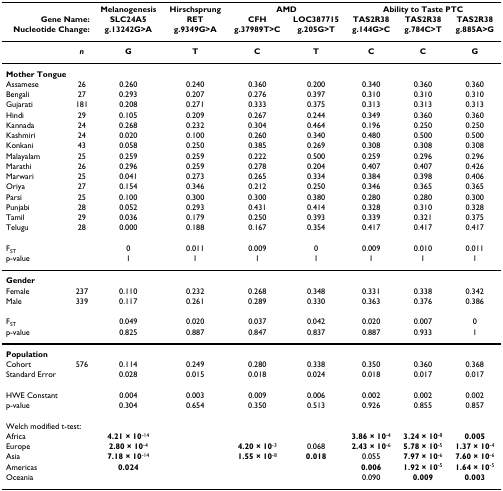
<table><thead><tr><td></td><td></td><td><b>Melanogenesis</b></td><td><b>Hirschsprung</b></td><td colspan="2"><b>AMD</b></td><td colspan="3"><b>Ability to Taste PTC</b></td></tr><tr><td colspan="2"><b>Gene Name:</b></td><td><b>SLC24A5</b></td><td><b>RET</b></td><td><b>CFH</b></td><td><b>LOC387715</b></td><td><b>TAS2R38</b></td><td><b>TAS2R38</b></td><td><b>TAS2R38</b></td></tr><tr><td colspan="2"><b>Nucleotide Change:</b></td><td><b>g.13242G&gt;A</b></td><td><b>g.9349G&gt;A</b></td><td><b>g.37989T&gt;C</b></td><td><b>g.205G&gt;T</b></td><td><b>g.144G&gt;C</b></td><td><b>g.784C&gt;T</b></td><td><b>g.885A&gt;G</b></td></tr></thead><tbody><tr><td></td><td><b><i>n</i></b></td><td><b>G</b></td><td><b>T</b></td><td><b>C</b></td><td><b>T</b></td><td><b>C</b></td><td><b>C</b></td><td><b>G</b></td></tr><tr><td colspan="9"><b>Mother Tongue</b></td></tr><tr><td>Assamese</td><td>26</td><td>0.260</td><td>0.240</td><td>0.360</td><td>0.200</td><td>0.340</td><td>0.360</td><td>0.360</td></tr><tr><td>Bengali</td><td>27</td><td>0.293</td><td>0.207</td><td>0.276</td><td>0.397</td><td>0.310</td><td>0.310</td><td>0.310</td></tr><tr><td>Gujarati</td><td>181</td><td>0.208</td><td>0.271</td><td>0.333</td><td>0.375</td><td>0.313</td><td>0.313</td><td>0.313</td></tr><tr><td>Hindi</td><td>29</td><td>0.105</td><td>0.209</td><td>0.267</td><td>0.244</td><td>0.349</td><td>0.360</td><td>0.360</td></tr><tr><td>Kannada</td><td>24</td><td>0.268</td><td>0.232</td><td>0.304</td><td>0.464</td><td>0.196</td><td>0.250</td><td>0.250</td></tr><tr><td>Kashmiri</td><td>24</td><td>0.020</td><td>0.100</td><td>0.260</td><td>0.340</td><td>0.480</td><td>0.500</td><td>0.500</td></tr><tr><td>Konkani</td><td>43</td><td>0.058</td><td>0.250</td><td>0.385</td><td>0.269</td><td>0.308</td><td>0.308</td><td>0.308</td></tr><tr><td>Malayalam</td><td>25</td><td>0.259</td><td>0.259</td><td>0.222</td><td>0.500</td><td>0.259</td><td>0.296</td><td>0.296</td></tr><tr><td>Marathi</td><td>26</td><td>0.296</td><td>0.259</td><td>0.278</td><td>0.204</td><td>0.407</td><td>0.407</td><td>0.426</td></tr><tr><td>Marwari</td><td>25</td><td>0.041</td><td>0.273</td><td>0.265</td><td>0.334</td><td>0.384</td><td>0.398</td><td>0.406</td></tr><tr><td>Oriya</td><td>27</td><td>0.154</td><td>0.346</td><td>0.212</td><td>0.250</td><td>0.346</td><td>0.365</td><td>0.365</td></tr><tr><td>Parsi</td><td>25</td><td>0.100</td><td>0.300</td><td>0.300</td><td>0.380</td><td>0.280</td><td>0.280</td><td>0.300</td></tr><tr><td>Punjabi</td><td>28</td><td>0.052</td><td>0.293</td><td>0.431</td><td>0.414</td><td>0.328</td><td>0.310</td><td>0.328</td></tr><tr><td>Tamil</td><td>29</td><td>0.036</td><td>0.179</td><td>0.250</td><td>0.393</td><td>0.339</td><td>0.321</td><td>0.375</td></tr><tr><td>Telugu</td><td>28</td><td>0.000</td><td>0.188</td><td>0.167</td><td>0.354</td><td>0.417</td><td>0.417</td><td>0.417</td></tr><tr><td>F<sub>ST</sub></td><td></td><td>0</td><td>0.011</td><td>0.009</td><td>0</td><td>0.009</td><td>0.010</td><td>0.011</td></tr><tr><td>p-value</td><td></td><td>1</td><td>1</td><td>1</td><td>1</td><td>1</td><td>1</td><td>1</td></tr><tr><td colspan="9"><b>Gender</b></td></tr><tr><td>Female</td><td>237</td><td>0.110</td><td>0.232</td><td>0.268</td><td>0.348</td><td>0.331</td><td>0.338</td><td>0.342</td></tr><tr><td>Male</td><td>339</td><td>0.117</td><td>0.261</td><td>0.289</td><td>0.330</td><td>0.363</td><td>0.376</td><td>0.386</td></tr><tr><td>F<sub>ST</sub></td><td></td><td>0.049</td><td>0.020</td><td>0.037</td><td>0.042</td><td>0.020</td><td>0.007</td><td>0</td></tr><tr><td>p-value</td><td></td><td>0.825</td><td>0.887</td><td>0.847</td><td>0.837</td><td>0.887</td><td>0.933</td><td>1</td></tr><tr><td colspan="9"><b>Population</b></td></tr><tr><td>Cohort</td><td>576</td><td>0.114</td><td>0.249</td><td>0.280</td><td>0.338</td><td>0.350</td><td>0.360</td><td>0.368</td></tr><tr><td>Standard Error</td><td></td><td>0.028</td><td>0.015</td><td>0.018</td><td>0.024</td><td>0.018</td><td>0.017</td><td>0.017</td></tr><tr><td>HWE Constant</td><td></td><td>0.004</td><td>0.003</td><td>0.009</td><td>0.006</td><td>0.002</td><td>0.002</td><td>0.002</td></tr><tr><td>p-value</td><td></td><td>0.304</td><td>0.654</td><td>0.350</td><td>0.513</td><td>0.926</td><td>0.855</td><td>0.857</td></tr><tr><td colspan="2">Welch modified t-test:</td><td></td><td></td><td></td><td></td><td></td><td></td><td></td></tr><tr><td>Africa</td><td></td><td><b>4.21 × 10</b><sup>-14</sup></td><td></td><td></td><td></td><td><b>3.86 × 10</b><sup>-4</sup></td><td><b>3.24 × 10</b><sup>-8</sup></td><td><b>0.005</b></td></tr><tr><td>Europe</td><td></td><td><b>2.80 × 10</b><sup>-4</sup></td><td></td><td><b>4.20 × 10</b><sup>-3</sup></td><td>0.068</td><td><b>2.43 × 10</b><sup>-6</sup></td><td><b>5.78 × 10</b><sup>-5</sup></td><td><b>1.37 × 10</b><sup>-4</sup></td></tr><tr><td>Asia</td><td></td><td><b>7.18 × 10</b><sup>-14</sup></td><td></td><td><b>1.55 × 10</b><sup>-8</sup></td><td><b>0.018</b></td><td>0.055</td><td><b>7.97 × 10</b><sup>-6</sup></td><td><b>7.60 × 10</b><sup>-6</sup></td></tr><tr><td>Americas</td><td></td><td><b>0.024</b></td><td></td><td></td><td></td><td><b>0.006</b></td><td><b>1.92 × 10</b><sup>-5</sup></td><td><b>1.64 × 10</b><sup>-5</sup></td></tr><tr><td>Oceania</td><td></td><td></td><td></td><td></td><td></td><td>0.090</td><td><b>0.009</b></td><td><b>0.003</b></td></tr></tbody></table>